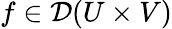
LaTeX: f\in{\mathcal{D}}(U\times V)